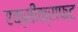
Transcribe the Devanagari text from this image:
एक्सीक्राफ्ट